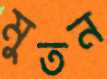
মুতন